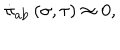
LaTeX: \dot { \pi } _ { \mathrm { a b } } \left( \sigma , \tau \right) \approx 0 ,